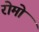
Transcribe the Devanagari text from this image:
रोमो